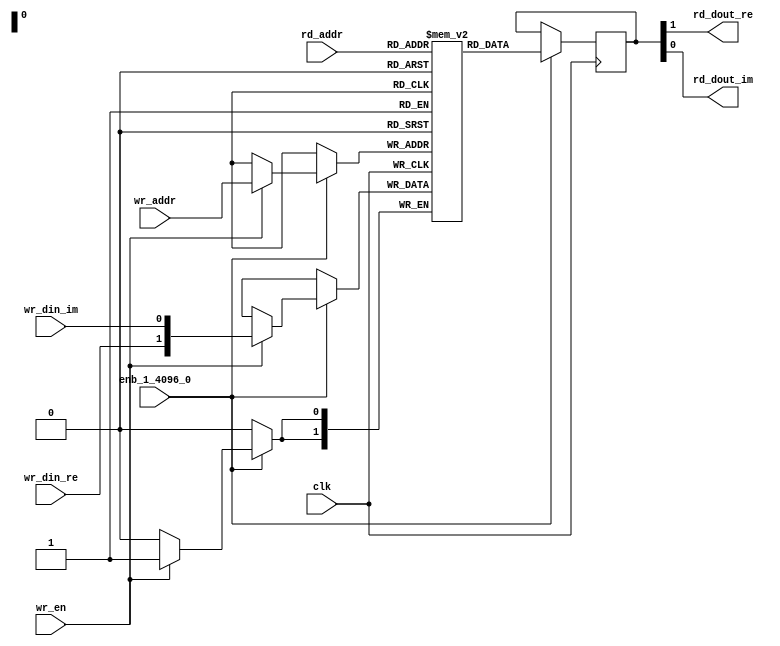
// -------------------------------------------------------------
// 
// 
// Generated by MATLAB 9.14 and HDL Coder 4.1
// 
// -------------------------------------------------------------


// -------------------------------------------------------------
// 
// Module: SimpleDualPortRAM_generic
// Source Path: hdl.RAM/SimpleDualPortRAM_generic
// Hierarchy Level: 4
// 
// -------------------------------------------------------------

`timescale 1 ns / 1 ns

module SimpleDualPortRAM_generic
          (clk,
           enb_1_4096_0,
           wr_din_re,
           wr_din_im,
           wr_addr,
           wr_en,
           rd_addr,
           rd_dout_re,
           rd_dout_im);

  parameter integer AddrWidth  = 1;
  parameter integer DataWidth  = 1;

  input   clk;
  input   enb_1_4096_0;
  input   signed [DataWidth - 1:0] wr_din_re;  // parameterized width
  input   signed [DataWidth - 1:0] wr_din_im;  // parameterized width
  input   [AddrWidth - 1:0] wr_addr;  // parameterized width
  input   wr_en;  // ufix1
  input   [AddrWidth - 1:0] rd_addr;  // parameterized width
  output  signed [DataWidth - 1:0] rd_dout_re;  // parameterized width
  output  signed [DataWidth - 1:0] rd_dout_im;  // parameterized width


  reg  [DataWidth*2 - 1:0] ram [2**AddrWidth - 1:0];
  reg  [DataWidth*2 - 1:0] data_int;
  integer i;

  initial begin
    for (i=0; i<=2**AddrWidth - 1; i=i+1) begin
      ram[i] = 0;
    end
    data_int = 0;
  end


  always @(posedge clk)
    begin : SimpleDualPortRAM_generic_process
      if (enb_1_4096_0 == 1'b1) begin
        if (wr_en == 1'b1) begin
          ram[wr_addr] <= {wr_din_re, wr_din_im};
        end
        data_int <= ram[rd_addr];
      end
    end

  assign rd_dout_re = data_int[DataWidth*2-1:DataWidth];
  assign rd_dout_im = data_int[DataWidth-1:0];

endmodule  // SimpleDualPortRAM_generic